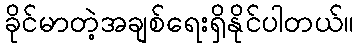
ခိုင်မာတဲ့အချစ်ရေးရှိနိုင်ပါတယ်။